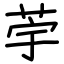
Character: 荢